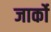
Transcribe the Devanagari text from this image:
जार्को